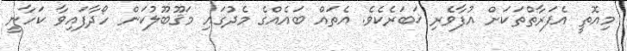
މިއޮތީ އެފަރާތްތަކަށް އުފާވެރި ޚަބަރެކެވެ. އެތައް ބައެއްގެ މެދުގައި މަޤޫބޫލުކަން ހޯދާފައިވާ ކަހާނީ